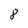
Character: 8